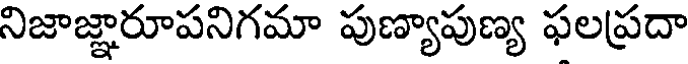
నిజాజ్ఞారూపనిగమా పుణ్యాపుణ్య ఫలప్రదా